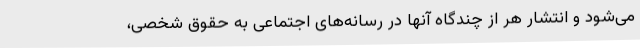
می‌شود و انتشار هر از چندگاه آنها در رسانه‌های اجتماعی به حقوق شخصی،